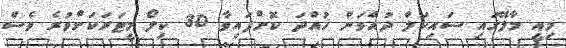
މިއީ މާލޭގައި ސައިކަލް ދުއްވަން ހުއްދަ ކޮށްފައިވާ 30 ކިލޯ މީޓަރަކަށްވުރެ ވެސް